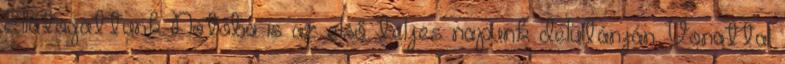
Ellátogattunk Notóba is az első teljes napunk délutánján. Vonattal